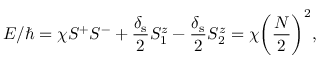
E / \hbar = \chi S ^ { + } S ^ { - } + \frac { \delta _ { \mathrm { s } } } { 2 } S _ { 1 } ^ { z } - \frac { \delta _ { \mathrm { s } } } { 2 } S _ { 2 } ^ { z } = \chi \bigg ( \frac { N } { 2 } \bigg ) ^ { 2 } ,